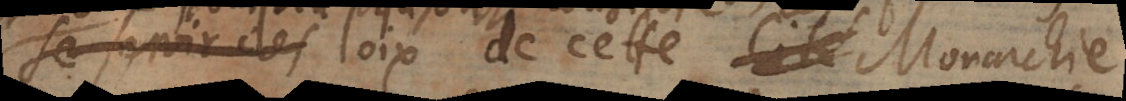
Le savoir des loix de cette Cité Monarchie